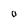
Character: 0